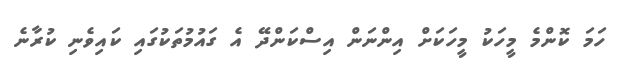
ހަމަ ކޮންމެ މީހަކު މީހަކަށް އިންނަން އިސްކަންދޭ އެ ގައުމުތަކުގައި ކައިވެނި ކުރާނެ